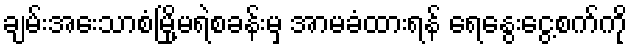
ချမ်းအေးသာစံမြို့မရဲစခန်းမှ အာမခံထားရန် ရေနွေးငွေ့စက်ကို